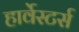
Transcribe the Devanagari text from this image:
हार्वेस्टर्स